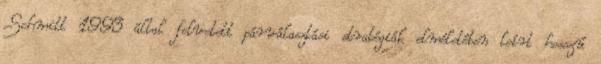
Schmitt 1993 által felvetett párválasztási stratégiák elméletében leírt hosszú